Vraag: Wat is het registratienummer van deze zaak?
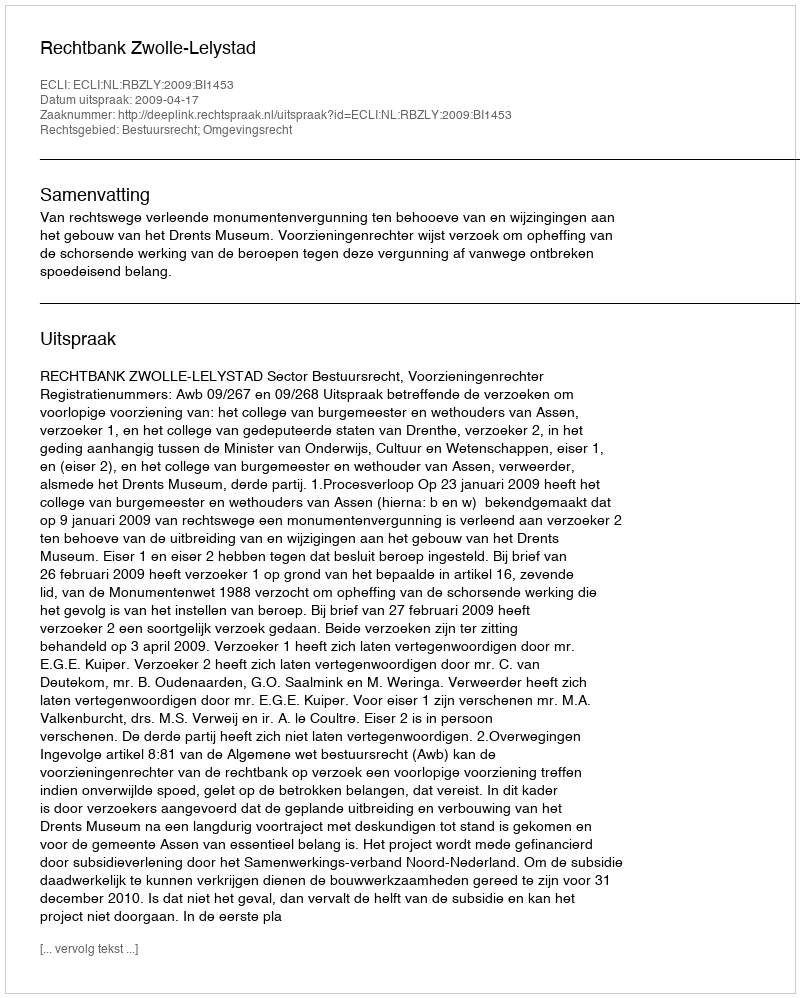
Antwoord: http://deeplink.rechtspraak.nl/uitspraak?id=ECLI:NL:RBZLY:2009:BI1453